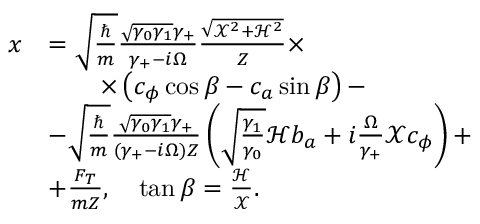
\begin{array} { r l } { x } & { = \sqrt { \frac { \hbar } { m } } \frac { \sqrt { \gamma _ { 0 } \gamma _ { 1 } } \gamma _ { + } } { \gamma _ { + } - i \Omega } \frac { \sqrt { \mathcal { X } ^ { 2 } + \mathcal { H } ^ { 2 } } } { Z } \times } \\ & { \qquad \times \left( c _ { \phi } \cos \beta - c _ { a } \sin \beta \right) - } \\ & { - \sqrt { \frac { \hbar } { m } } \frac { \sqrt { \gamma _ { 0 } \gamma _ { 1 } } \gamma _ { + } } { ( \gamma _ { + } - i \Omega ) Z } \left( \sqrt { \frac { \gamma _ { 1 } } { \gamma _ { 0 } } } \mathcal { H } b _ { a } + i \frac { \Omega } { \gamma _ { + } } \mathcal { X } c _ { \phi } \right) + } \\ & { + \frac { F _ { T } } { m Z } , \quad \tan \beta = \frac { \mathcal { H } } { \mathcal { X } } . } \end{array}